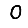
Digit: 0